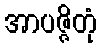
အာပဇ္ဇိတုံ